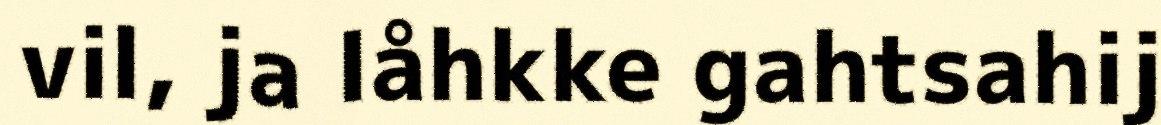
vil, ja låhkke gahtsahij